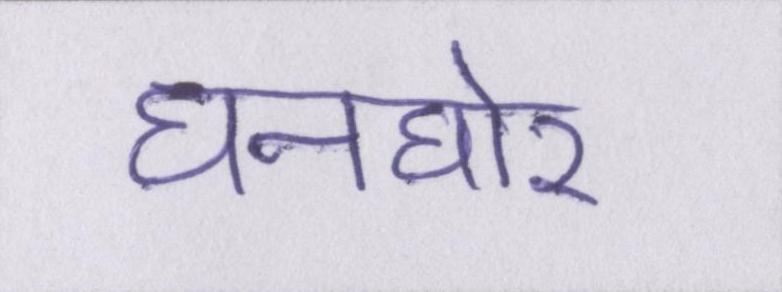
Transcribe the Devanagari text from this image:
घनघोर